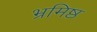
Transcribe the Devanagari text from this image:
भ्रमिष्ठ